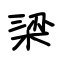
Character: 梁